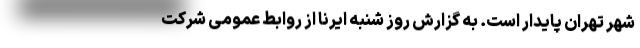
شهر تهران پایدار است. به گزارش روز شنبه ایرنا از روابط عمومی شرکت